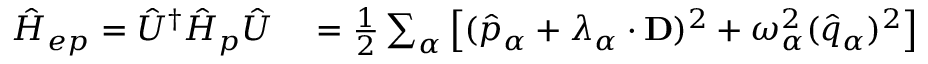
\begin{array} { r l } { \hat { H } _ { e p } = \hat { U } ^ { \dag } \hat { H } _ { p } \hat { U } } & { { } = \frac { 1 } { 2 } \sum _ { \alpha } \left[ ( \hat { p } _ { \alpha } + \boldsymbol { \lambda } _ { \alpha } \cdot \mathbf { D } ) ^ { 2 } + \omega _ { \alpha } ^ { 2 } ( \hat { q } _ { \alpha } ) ^ { 2 } \right] } \end{array}